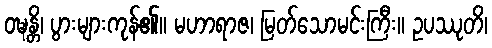
ဝဍ္ဎန္တိ၊ ပွားများကုန်၏။ မဟာရာဇ၊ မြတ်သောမင်းကြီး။ ဥပဿုတိ၊